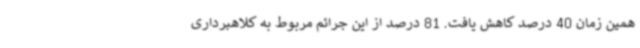
همین زمان 40 درصد کاهش یافت. 81 درصد از این جرائم مربوط به کلاهبرداری